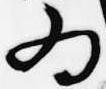
為